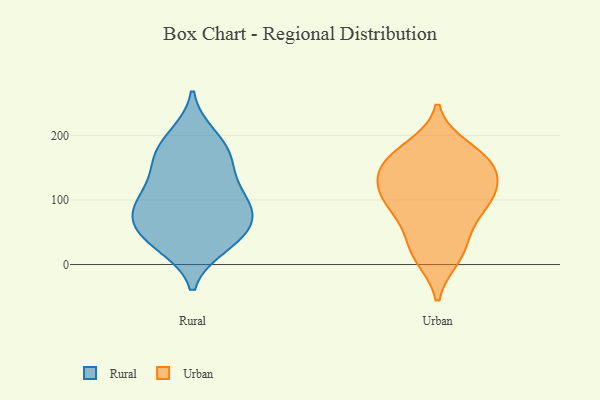
{"axis": {"x": "Satisfaction Score", "y": "Value"}, "legend": ["Rural", "Urban"], "data": [{"x": "", "y": 101, "type": "Rural"}, {"x": "", "y": 186, "type": "Rural"}, {"x": "", "y": 89, "type": "Rural"}, {"x": "", "y": 199, "type": "Rural"}, {"x": "", "y": 144, "type": "Rural"}, {"x": "", "y": 77, "type": "Rural"}, {"x": "", "y": 160, "type": "Rural"}, {"x": "", "y": 167, "type": "Rural"}, {"x": "", "y": 65, "type": "Rural"}, {"x": "", "y": 33, "type": "Rural"}, {"x": "", "y": 54, "type": "Rural"}, {"x": "", "y": 93, "type": "Rural"}, {"x": "", "y": 44, "type": "Rural"}, {"x": "", "y": 30, "type": "Rural"}, {"x": "", "y": 111, "type": "Rural"}, {"x": "", "y": 154, "type": "Urban"}, {"x": "", "y": 91, "type": "Urban"}, {"x": "", "y": 11, "type": "Urban"}, {"x": "", "y": 172, "type": "Urban"}, {"x": "", "y": 13, "type": "Urban"}, {"x": "", "y": 112, "type": "Urban"}, {"x": "", "y": 142, "type": "Urban"}, {"x": "", "y": 37, "type": "Urban"}, {"x": "", "y": 55, "type": "Urban"}, {"x": "", "y": 98, "type": "Urban"}, {"x": "", "y": 127, "type": "Urban"}, {"x": "", "y": 181, "type": "Urban"}, {"x": "", "y": 160, "type": "Urban"}, {"x": "", "y": 108, "type": "Urban"}, {"x": "", "y": 155, "type": "Urban"}, {"x": "", "y": 92, "type": "Urban"}]}